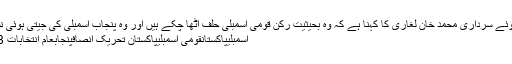
نجی ٹی وی سے گفتگو کرتے ہوئے سرداری محمد خان لغاری کا کہنا ہے کہ وہ بحیثیت رکن قومی اسمبلی حلف اٹھا چکے ہیں اور وہ پنجاب اسمبلی کی جیتی ہوئی نشست سے مستعفی ہو چکے ہیں
اسمبلیپاکستانقومی اسمبلیپاکستان تحریک انصافپنجابعام انتخابات 2018این اے192پنجاب اسمبلی